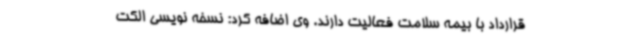
قرارداد با بیمه سلامت فعالیت دارند. وی اضافه کرد: نسخه نویسی الکت